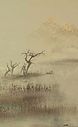
坐看黑云衔猛雨，喷洒前山此独晴。